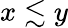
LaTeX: x\lesssim y